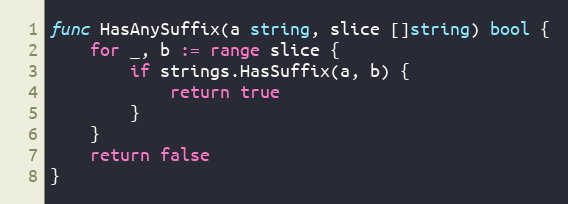
Language: Go
func HasAnySuffix(a string, slice []string) bool {
	for _, b := range slice {
		if strings.HasSuffix(a, b) {
			return true
		}
	}
	return false
}